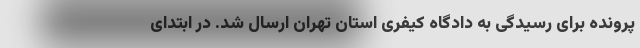
پرونده برای رسیدگی به دادگاه کیفری استان تهران ارسال شد. در ابتدای